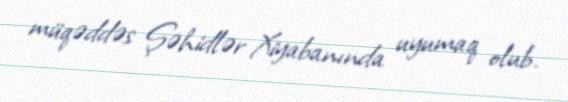
müqəddəs Şəhidlər Xiyabanında uyumaq olub.